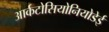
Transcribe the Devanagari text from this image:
आर्कटोसियोनियोडेई